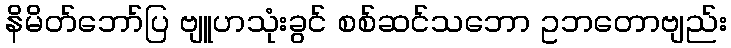
နိမိတ်ဘော်ပြ ဗျူဟသုံးခွင် စစ်ဆင်သဘော ဥဘတောဗျည်း